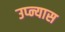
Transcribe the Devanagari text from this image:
उप्न्यास